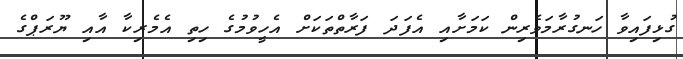
ގުޅިފައިވާ ހަނގުރާމަވެރިން ކަމަށާއި އެފަދަ ފަރާތްތަކަށް އެހީވުމުގެ ހިތި އެމެރިކާ އާއި ޔޫރަޕްގެ